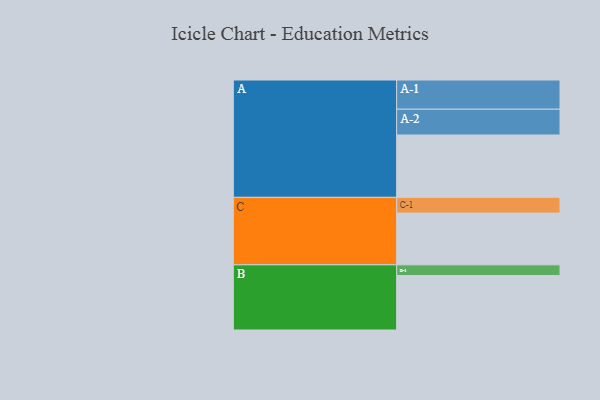
{"axis": {"x": "Segment", "y": "Value"}, "legend": ["", "A", "B", "C"], "data": [{"x": "A", "y": 575, "type": ""}, {"x": "B", "y": 502, "type": ""}, {"x": "C", "y": 477, "type": ""}, {"x": "A-1", "y": 269, "type": "A"}, {"x": "A-2", "y": 238, "type": "A"}, {"x": "B-1", "y": 99, "type": "B"}, {"x": "C-1", "y": 145, "type": "C"}]}